Civil Veterinary Department Bihar & Orissa reports 1922-29 - 1922-1929
Year: 1922
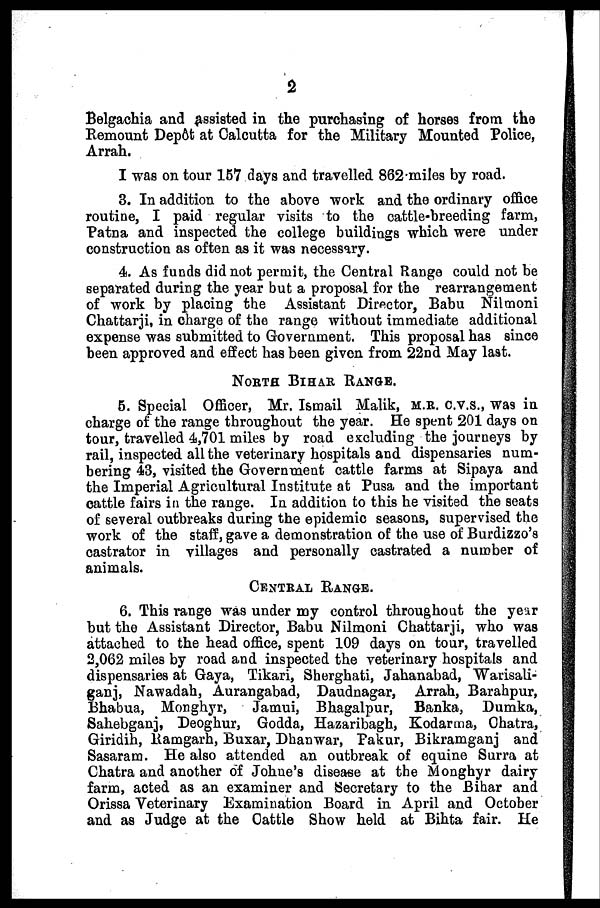
2
Belgachia and assisted in the purchasing of horses from the
Remount Depôt at Calcutta for the Military Mounted Police,
Arrah.
I was on tour 157 days and travelled 862 miles by road.
3. In addition to the above work and the ordinary office
routine, I paid regular visits to the cattle-breeding farm,
Patna and inspected the college buildings which were under
construction as often as it was necessary.
4. As funds did not permit, the Central Range could not be
separated during the year but a proposal for the rearrangement
of work by placing the Assistant Director, Babu Nilmoni
Chattarji, in charge of the range without immediate additional
expense was submitted to Government. This proposal has since
been approved and effect has been given from 22nd May last.
NORTH BIHAR RANGE.
5. Special Officer, Mr. Ismail Malik, M.R. c.v.s., was in
charge of the range throughout the year. He spent 201 days on
tour, travelled 4,701 miles by road excluding the journeys by
rail, inspected all the veterinary hospitals and dispensaries num-
bering 43, visited the Government cattle farms at Sipaya and
the Imperial Agricultural Institute at Pusa and the important
cattle fairs in the range. In addition to this he visited the seats
of several outbreaks during the epidemic seasons, supervised the
work of the staff, gave a demonstration of the use of Burdizzo's
castrator in villages and personally castrated a number of
animals.
CENTRAL RANGE.
6. This range was under my control throughout the year
but the Assistant Director, Babu Nilmoni Chattarji, who was
attached to the head office, spent 109 days on tour, travelled
2,062 miles by road and inspected the veterinary hospitals and
dispensaries at Gaya, Tikari, Sherghati, Jahanabad, Warisali-
ganj, Nawadah, Aurangabad, Daudnagar, Arrah, Barahpur,
Bhabua, Monghyr,
Jamui, Bhagalpur, Banka, Dumka,
Sahebganj, Deoghur, Godda, Hazaribagh, Kodarma, Chatra,
Giridih, Ramgarh, Buxar, Dhanwar, Pakur, Bikramganj and
Sasaram. He also attended an outbreak of equine Surra at
Chatra and another of Johne's disease at the Monghyr dairy
farm, acted as an examiner and Secretary to the Bihar and
Orissa Veterinary Examination Board in April and October
and as Judge at the Cattle Show held at Bihta fair. He